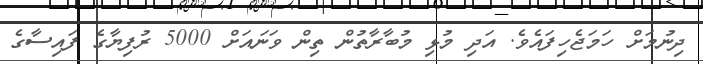
ދިނުމަށް ހަމަޖެހިފައެވެ. އަދި މުޅި މުބާރާތުން ތިން ވަނައަށް 5000 ރުފިޔާގެ ފައިސާގެ